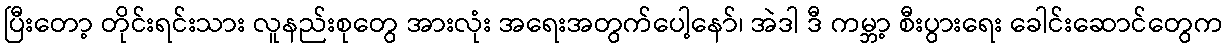
ပြီးတော့ တိုင်းရင်းသား လူနည်းစုတွေ အားလုံး အရေးအတွက်ပေါ့နော်၊ အဲဒါ ဒီ ကမ္ဘာ့ စီးပွားရေး ခေါင်းဆောင်တွေက